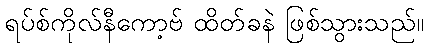
ရပ်စ်ကိုလ်နီကော့ဗ် ထိတ်ခနဲ ဖြစ်သွားသည်။